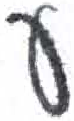
אות: ע